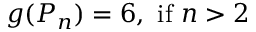
g ( P _ { n } ) = 6 { \mathrm { , ~ i f ~ } } n > 2